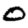
Digit: 0